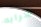
شرابه